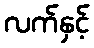
လက်နှင့်